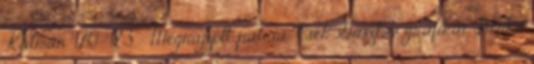
Kálmán 470-473 . Megrajzolt pátria: Cseh Gusztáv grafikái. Benkő